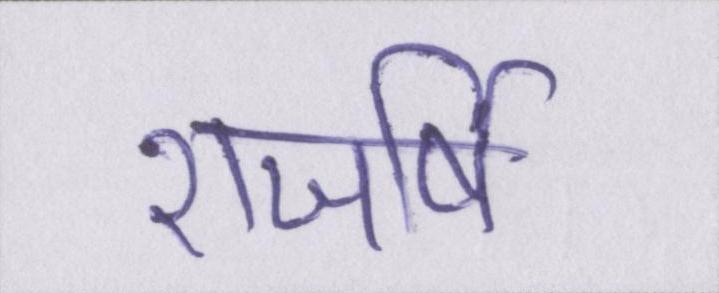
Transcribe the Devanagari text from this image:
राजर्षि